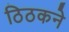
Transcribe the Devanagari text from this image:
ठिठकने